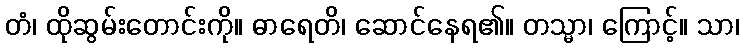
တံ၊ ထိုဆွမ်းတောင်းကို။ ဓာရေတိ၊ ဆောင်နေရ၏။ တသ္မာ၊ ကြောင့်။ သာ၊